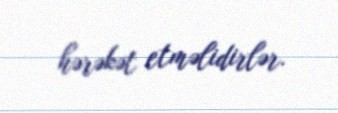
hərəkət etməlidirlər.